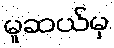
မူဆယ်မှ